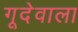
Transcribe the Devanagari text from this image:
गूदेवाला